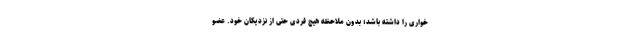
خواری را داشته باشد؛ بدون ملاحظه هیچ فردی حتی از نزدیکان خود. عضو